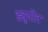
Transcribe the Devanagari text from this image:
ड्युपोंट